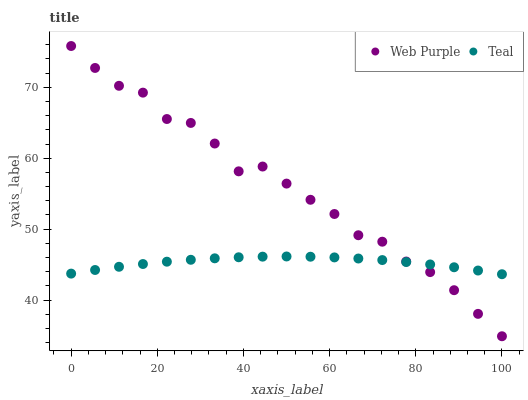
| xaxis_label | Web Purple | Teal |
 | --- | --- | --- |
 | 0 | 75.8 | 43.7 |
 | 5.56 | 72.7 | 44.2 |
 | 11.1 | 70.2 | 44.7 |
 | 16.7 | 69.2 | 45.1 |
 | 22.2 | 65.5 | 45.4 |
 | 27.8 | 65 | 45.7 |
 | 33.3 | 62.1 | 45.9 |
 | 38.9 | 58.2 | 46 |
 | 44.4 | 58.8 | 46.1 |
 | 50 | 56.4 | 46.1 |
 | 55.6 | 54.1 | 46.1 |
 | 61.1 | 52.1 | 46 |
 | 66.7 | 49.1 | 45.9 |
 | 72.2 | 48.2 | 45.6 |
 | 77.8 | 45.4 | 45.4 |
 | 83.3 | 43.9 | 45 |
 | 88.9 | 41.4 | 44.6 |
 | 94.4 | 38.1 | 44.2 |
 | 100 | 34.9 | 43.6 |